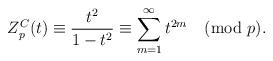
LaTeX: \begin{align*}Z_p^C(t) \equiv \frac{t^2}{1-t^2} \equiv \sum_{m=1}^{\infty} t^{2m} \pmod{p}.\end{align*}